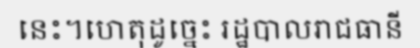
នេះ។ហេតុដូច្នេះ រដ្ឋបាលរាជធានី